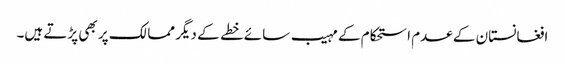
افغانستان کے عدم استحکام کے مہیب سائے خطے کے دیگر ممالک پر بھی پڑتے ہیں۔